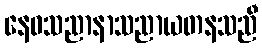
နေဝသညာနာသညာယတနသညီ